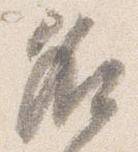
名